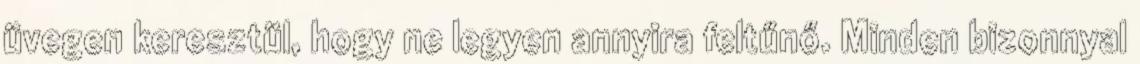
üvegen keresztül, hogy ne legyen annyira feltűnő. Minden bizonnyal